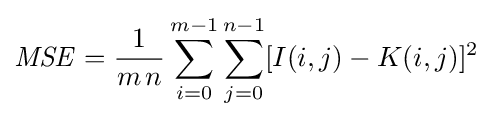
{\mathit {MSE}}={\frac {1}{m\,n}}\sum _{i=0}^{m-1}\sum _{j=0}^{n-1}[I(i,j)-K(i,j)]^{2}